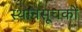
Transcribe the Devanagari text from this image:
स्थानसूचकों